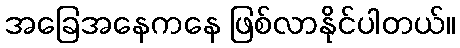
အခြေအနေကနေ ဖြစ်လာနိုင်ပါတယ်။